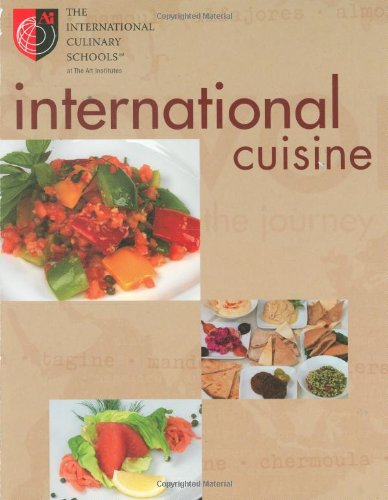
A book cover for International Cuisine; The International Culinary Schools at The Art Institutes; Cookbooks, Food & Wine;